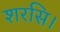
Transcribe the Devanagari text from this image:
शरसि।